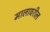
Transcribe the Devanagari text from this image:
मालावरील